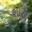
શાહ